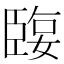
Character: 𦣬